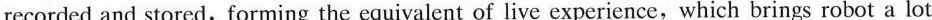
recorded and stored,forming the equivalent of live experience,which brings robot a lot